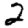
Digit: 2